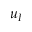
u _ { I }